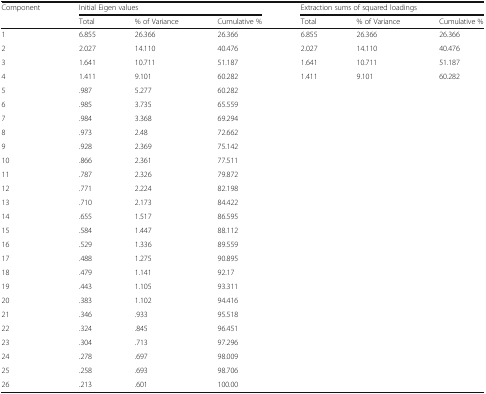
| <ROWSPAN=2> Component | <COLSPAN=3> Initial Eigen values | <COLSPAN=3> Extraction sums of squared loadings |
 | Total | % of Variance | Cumulative % | Total | % of Variance | Cumulative % |
 | --- | --- | --- | --- | --- | --- | --- |
 | 1 | 6.855 | 26.366 | 26.366 | 6.855 | 26.366 | 26.366 |
 | 2 | 2.027 | 14.110 | 40.476 | 2.027 | 14.110 | 40.476 |
 | 3 | 1.641 | 10.711 | 51.187 | 1.641 | 10.711 | 51.187 |
 | 4 | 1.411 | 9.101 | 60.282 | 1.411 | 9.101 | 60.282 |
 | 5 | .987 | 5.277 | 60.282 |  |  |  |
 | 6 | .985 | 3.735 | 65.559 |  |  |  |
 | 7 | .984 | 3.368 | 69.294 |  |  |  |
 | 8 | .973 | 2.48 | 72.662 |  |  |  |
 | 9 | .928 | 2.369 | 75.142 |  |  |  |
 | 10 | .866 | 2.361 | 77.511 |  |  |  |
 | 11 | .787 | 2.326 | 79.872 |  |  |  |
 | 12 | .771 | 2.224 | 82.198 |  |  |  |
 | 13 | .710 | 2.173 | 84.422 |  |  |  |
 | 14 | .655 | 1.517 | 86.595 |  |  |  |
 | 15 | .584 | 1.447 | 88.112 |  |  |  |
 | 16 | .529 | 1.336 | 89.559 |  |  |  |
 | 17 | .488 | 1.275 | 90.895 |  |  |  |
 | 18 | .479 | 1.141 | 92.17 |  |  |  |
 | 19 | .443 | 1.105 | 93.311 |  |  |  |
 | 20 | .383 | 1.102 | 94.416 |  |  |  |
 | 21 | .346 | .933 | 95.518 |  |  |  |
 | 22 | .324 | .845 | 96.451 |  |  |  |
 | 23 | .304 | .713 | 97.296 |  |  |  |
 | 24 | .278 | .697 | 98.009 |  |  |  |
 | 25 | .258 | .693 | 98.706 |  |  |  |
 | 26 | .213 | .601 | 100.00 |  |  |  |